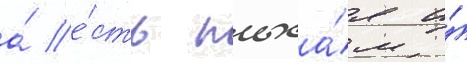
а́ е́сть плоха́я и́